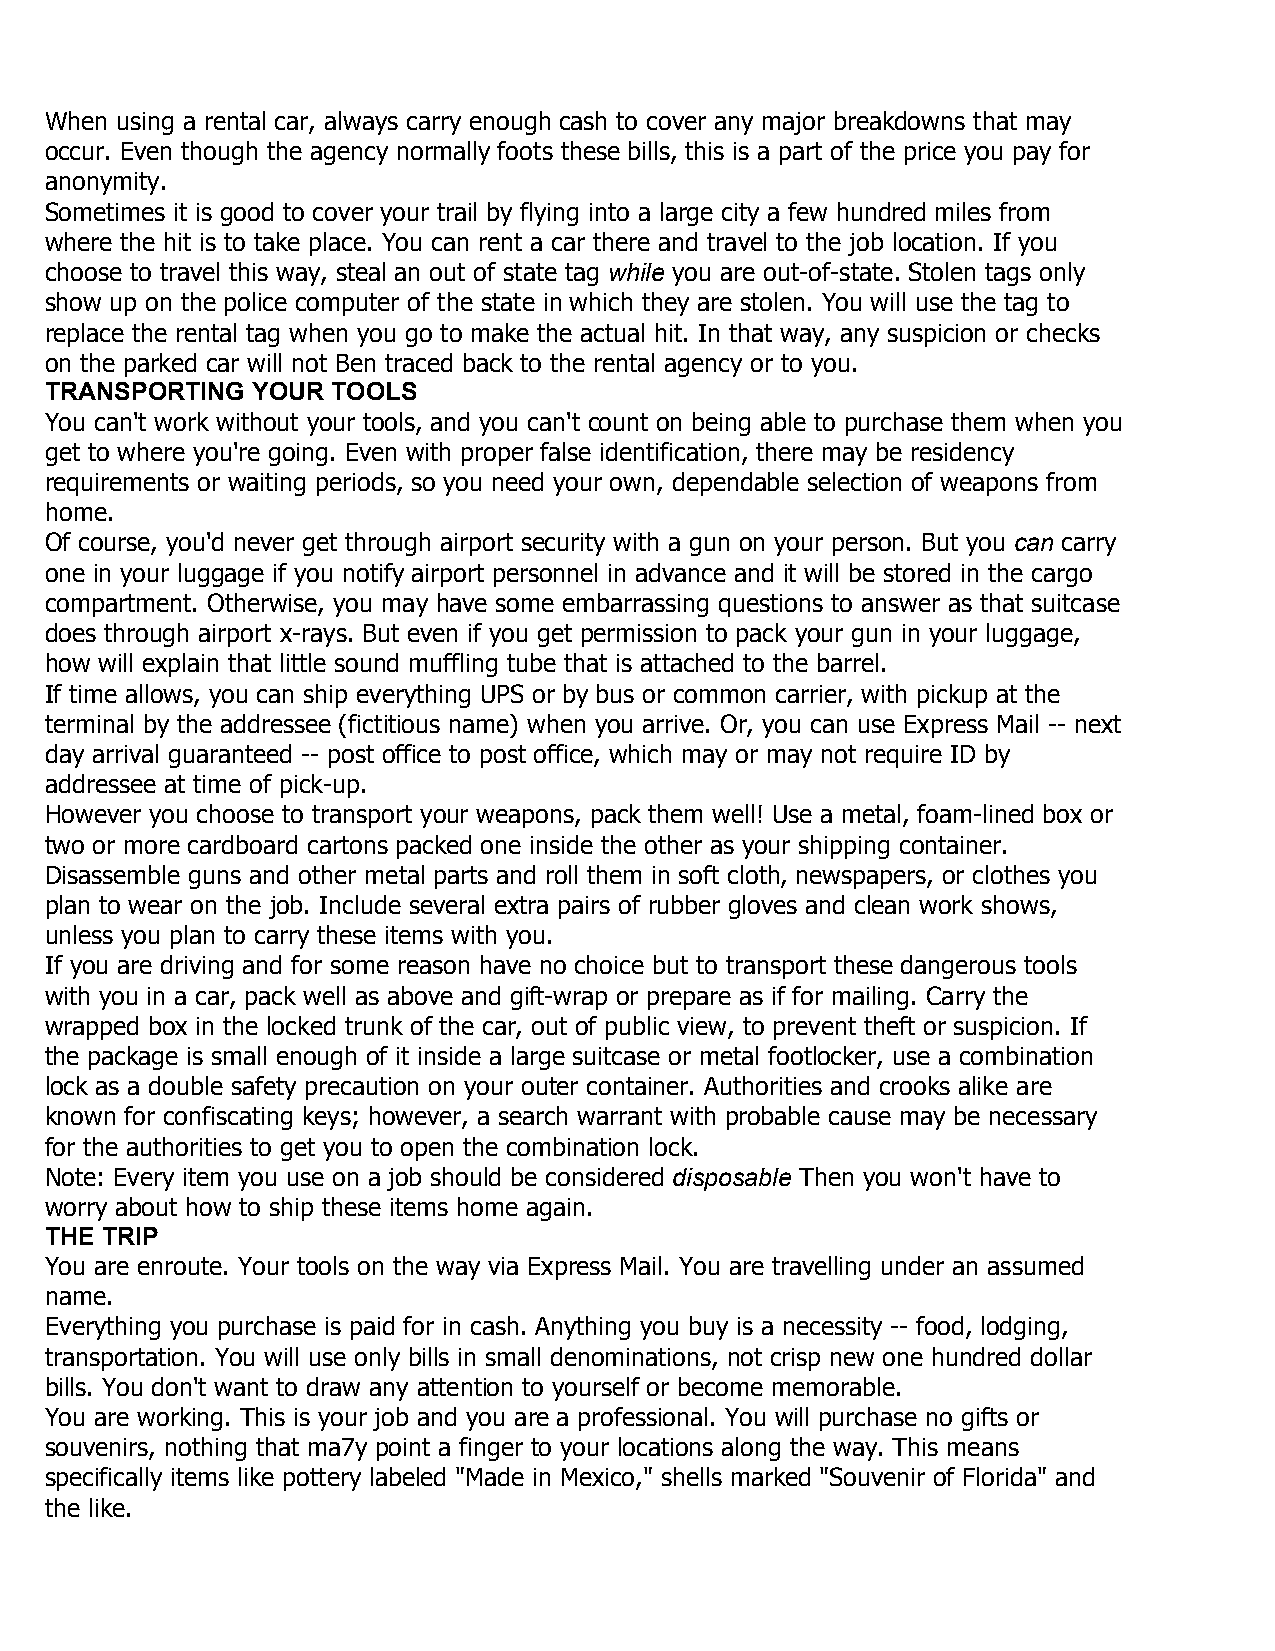
When using a rental car, always carry enough cash to cover any major breakdowns that may
 occur. Even though the agency normally foots these bills, this is a part of the price you pay for
 anonymity.
 Sometimes it is good to cover your trail by flying into a large city a few hundred miles from
 where the hit is to take place. You can rent a car there and travel to the job location. If you
 choose to travel this way, steal an out of state tag while you are out-of-state. Stolen tags only
 show up on the police computer of the state in which they are stolen. You will use the tag to
 replace the rental tag when you go to make the actual hit. In that way, any suspicion or checks
 on the parked car will not Ben traced back to the rental agency or to you.
 TRANSPORTING  YOUR TOOLS
 You can't work without your tools, and you can't count on being able to purchase them when you
 get to where you're going. Even with proper false identification, there may be residency
 requirements or waiting periods, so you need your own, dependable selection of weapons from
 home.
 Of course, you'd never get through airport security with a gun on your person. But you can carry
 one in your luggage if you notify airport personnel in advance and it will be stored in the cargo
 compartment. Otherwise, you may have some embarrassing questions to answer as that suitcase
 does through airport x-rays. But even if you get permission to pack your gun in your luggage,
 how will explain that little sound muffling tube that is attached to the barrel.
 If time allows, you can ship everything UPS or by bus or common carrier, with pickup at the
 terminal by the addressee (fictitious name) when you arrive. Or, you can use Express Mail -- next
 day arrival guaranteed -- post office to post office, which may or may not require ID by
 addressee at time of pick-up.
 However you choose to transport your weapons, pack them well! Use a metal, foam-lined box or
 two or more cardboard cartons packed one inside the other as your shipping container.
 Disassemble guns and other metal parts and roll them in soft cloth, newspapers, or clothes you
 plan to wear on the job. Include several extra pairs of rubber gloves and clean work shows,
 unless you plan to carry these items with you.
 If you are driving and for some reason have no choice but to transport these dangerous tools
 with you in a car, pack well as above and gift-wrap or prepare as if for mailing. Carry the
 wrapped box in the locked trunk of the car, out of public view, to prevent theft or suspicion. If
 the package is small enough of it inside a large suitcase or metal footlocker, use a combination
 lock as a double safety precaution on your outer container. Authorities and crooks alike are
 known for confiscating keys; however, a search warrant with probable cause may be necessary
 for the authorities to get you to open the combination lock.
 Note: Every item you use on a job should be considered disposable Then you won't have to
 worry about how to ship these items home again.
 THE TRIP
 You are enroute. Your tools on the way via Express Mail. You are travelling under an assumed
 name.
 Everything you purchase is paid for in cash. Anything you buy is a necessity -- food, lodging,
 transportation. You will use only bills in small denominations, not crisp new one hundred dollar
 bills. You don't want to draw any attention to yourself or become memorable.
 You are working. This is your job and you are a professional. You will purchase no gifts or
 souvenirs, nothing that ma7y point a finger to your locations along the way. This means
 specifically items like pottery labeled "Made in Mexico," shells marked "Souvenir of Florida" and
 the like.